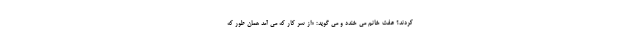
کردند؟ عفت خانم می خندد و می گوید: «از سر کار که می آمد همان طور که